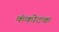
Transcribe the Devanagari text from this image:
कंकोटक